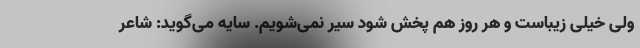
ولی خیلی زیباست و هر روز هم پخش شود سیر نمی‌شویم. سایه می‌گوید: شاعر